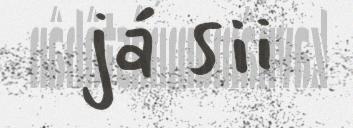
já sii